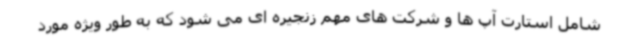
شامل استارت آپ ها و شرکت های مهم زنجیره ای می شود که به طور ویژه مورد